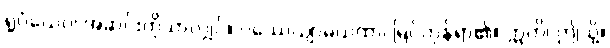
ရူပံယေဝ၊ အဆင်းကိုသာလျှင်။ ပဿေယျာမယထာ၊ မြင်ကုန်ရာ၏။ ဣတိ၊ ဤသို့။